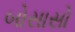
બોસાસો